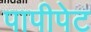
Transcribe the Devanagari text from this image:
पापीपेट